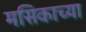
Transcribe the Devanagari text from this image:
मसिकाच्या